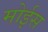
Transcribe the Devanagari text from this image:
मोईस